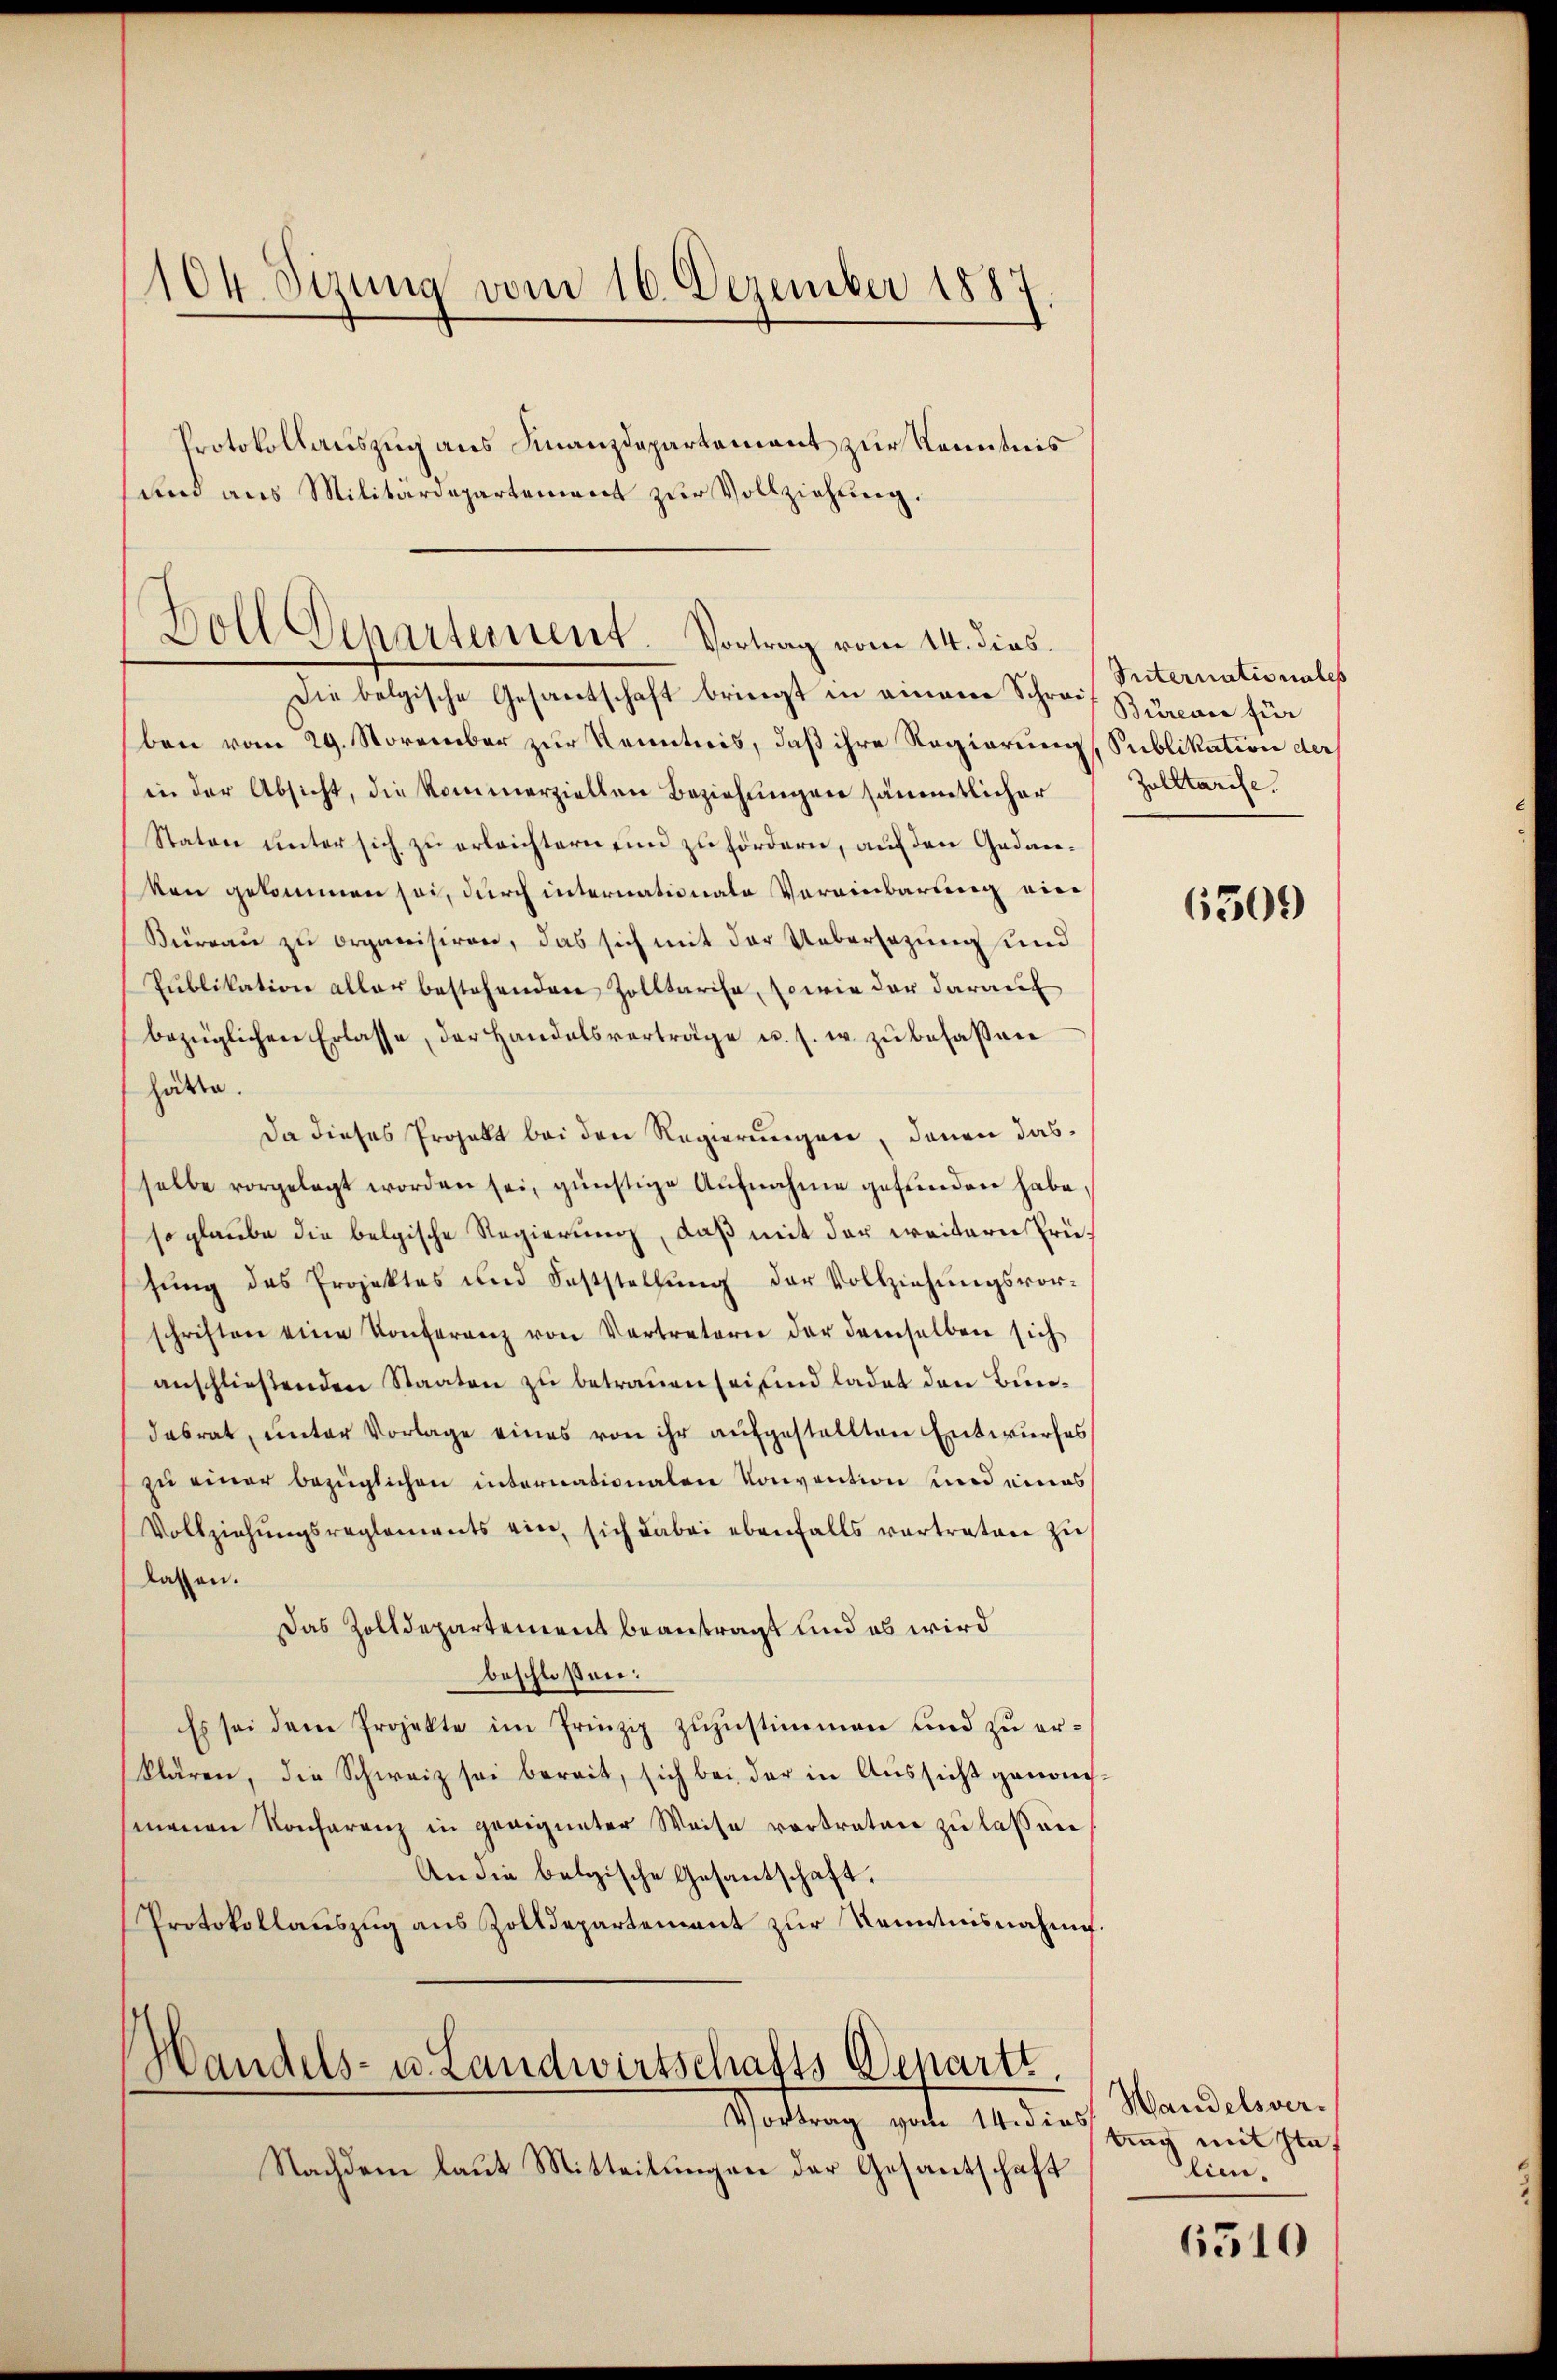
104. Sizung vom 16. Dezember 1887

Protokollauszug aus Finanzdepartement zur Kenntnis
und aus Militärdepartement zur Vollziehung.

Boll Departement. Vortrag vom 14. dies
Die belgische Gesantschaft bringt in einem Schreif Bureau für

ben vom 29. November zur Kenntnis, daß ihre Regierung Sublikation der
in der Absicht, die kommerziellen Beziehungen sämmtlicher
Stator unter sich zu erleichtern in zufördern, auf den Gedanken gekommen sei, durch internationale Vereinbarung vier
Büreau zu organisiren, das sich mit der Uebersezung und
Publikation aller bestehenden Zolltarise, sowie der darauf
bezüglichen Erlasse, der Handelsverträge u. s. w. zŭ besassen
hätte.
Da dieses Projekt bei den Regierungen, denen dasselbe vorgelegt worden sei, günstige Aufnahme gefunden habe,
so glaube die belgische Regierung, daß mit der weitern Prüsung des Projektes und Feststellung der Vollziehungsvorschriften eine Konferenz von Vertreterie der demselben sich
anschließenden Staaten zu betrauen sei sind ladet den Bundasrat, unter Vorlage eines von ihr aufgestellten Entwurfes
zu einer bezüglichen internationalen Konvention und eines
Vollziehŭngsreglements ein, sich dabei ebenfalls vertraten zŭ
lassen.
Das Zolldepartement beantragt und es wird
beschloßen:
Es sei dem Projekte im Prinzip zuzustimmen und zu erklären, die Schweiz sei bereit, sich bei der in Aussicht genomsenenen Konferenz in geeigneter Weise vortreten zu laßen
An die belgische Gesantschaft.
Protokollaŭszŭg ans Zolldepartement zŭr Kenntnisnahme.

Handels- u. Landwirtschafts-Departe.
Vortrag vom 14. dies

Nachdem laut Mitteilungen der Gesantschaft

Suternationales
Zulltarise.

6509

Handelsverting mit Staf
lie.

6510